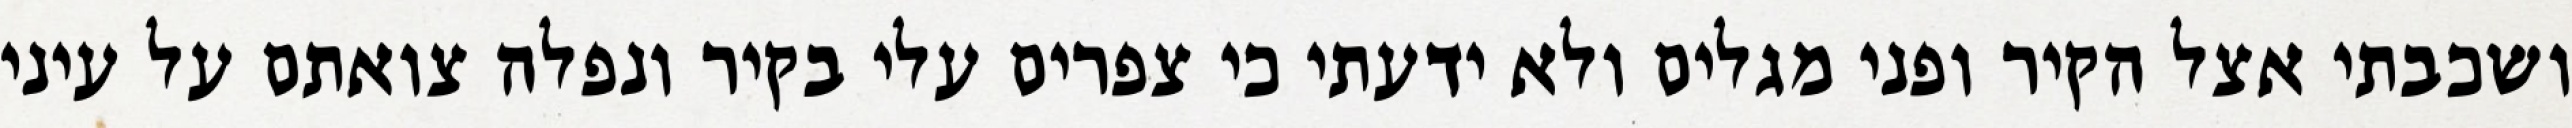
ושכבתי אצל הקיר ופני מגלים ולא ידעתי כי צפרים עלי בקיר‏ ונפלה צואתם על עיני